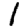
Digit: 1